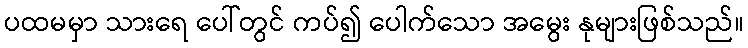
ပထမမှာ သားရေ ပေါ်တွင် ကပ်၍ ပေါက်သော အမွေး နုများဖြစ်သည်။